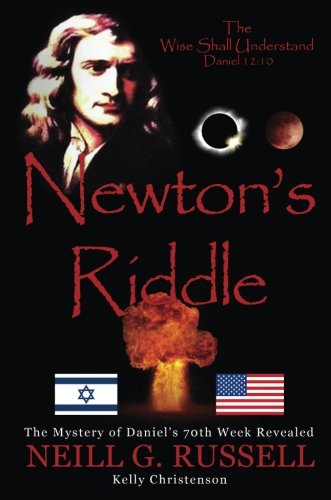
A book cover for Newton's Riddle - Second Edition; Neill G. Russell; Christian Books & Bibles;